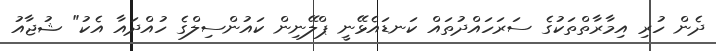
ދެން ހުރި އިމާރާތްތަކުގެ ސަރަހައްދުތައް ކަނޑައެޅޭނީ ޕްލޭނިން ކައުންސިލްގެ ހުއްދައާ އެކު" ޝުޖާއު